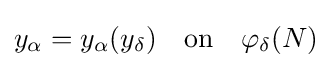
y_{\alpha }=y_{\alpha }(y_{\delta })\quad {\text{on}}\quad \varphi _{\delta }(N)